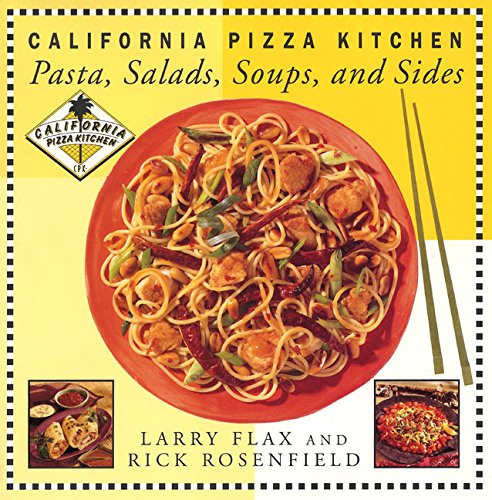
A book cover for California Pizza Kitchen Pasta, Salads, Soups, And Sides; Larry Flax; Cookbooks, Food & Wine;